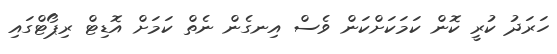
ހަރަދު ކުރީ ކޮން ކަމަކަށްކަން ވެސް އިނގެން ނެތް ކަމަށް އޮޑިޓް ރިޕޯޓްގައި